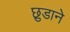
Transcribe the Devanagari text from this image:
छ़ुडाने